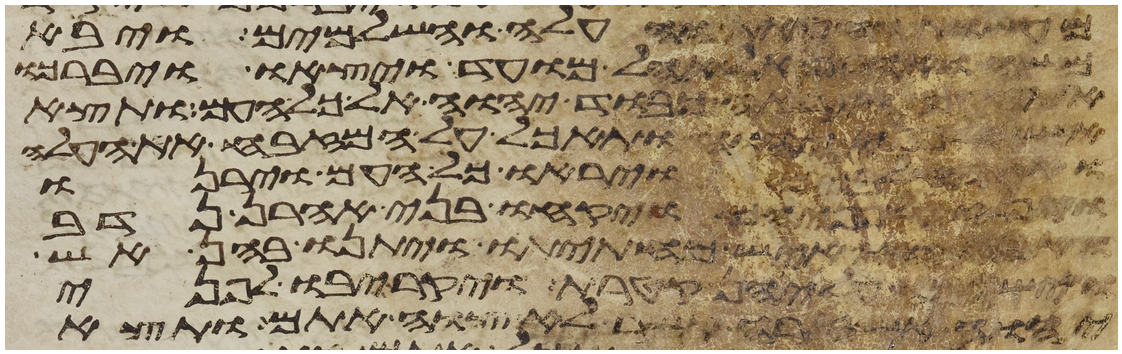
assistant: מעשות החטאת והעלה והשלמים ויבא
משה ואהרן אל אהל מועד ויצאו ויברכו
וירא כבוד יהוה אל כל העם ותצא
יהוה ותאכל על המזבח את העלה
ויראו כל העם וירנו
על פניהם ויקחו בני אהרן נדב
ואביהוא איש מחתתו ויתנו בהן אש
וישמו עליהן קטרת ויקריבו לפני
יהוה אש זרה אשר לא צוה אתם ותצא